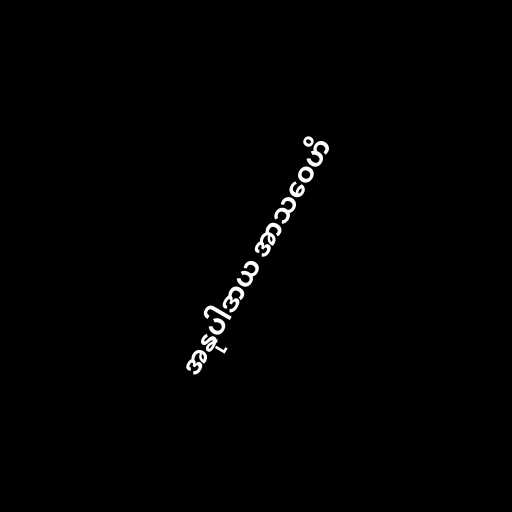
အနုပါဒာယ အာသဝေဟိ